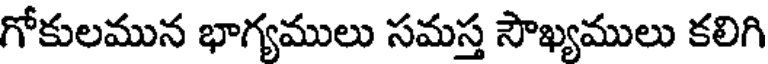
గోకులమున భాగ్యములు సమస్త సౌఖ్యములు కలిగి